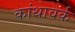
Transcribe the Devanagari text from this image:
कांथावर्क